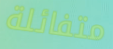
متفائلة